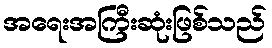
အရေးအကြီးဆုံးဖြစ်သည်